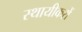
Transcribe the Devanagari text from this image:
स्थायीकरों